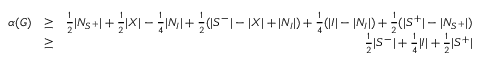
\begin{array} { r l r } { \alpha ( G ) } & { \ge } & { \frac 1 2 | N _ { S ^ { + } } | + \frac 1 2 | X | - \frac 1 4 | N _ { I } | + \frac 1 2 ( | S ^ { - } | - | X | + | N _ { I } | ) + \frac 1 4 ( | I | - | N _ { I } | ) + \frac 1 2 ( | S ^ { + } | - | N _ { S ^ { + } } | ) } \\ & { \ge } & { \frac 1 2 | S ^ { - } | + \frac 1 4 | I | + \frac 1 2 | S ^ { + } | } \end{array}